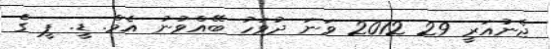
ޖެނުއަރީ 29 2012 ވަނަ ދުވަހު ބޭއްވުނު އެމް. ޑީ. ޕީ ގެ